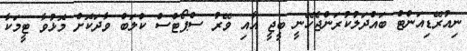
ނިއުރޭޑިއަންޓް ބައްދަލުކުރަންޖެހޭނީ ބީޖީ އާއި ވޭރު ސްޕޯޓްސް ކްލަބް ވާދަކޮށް މޮޅުވާ ޓީމަކާ